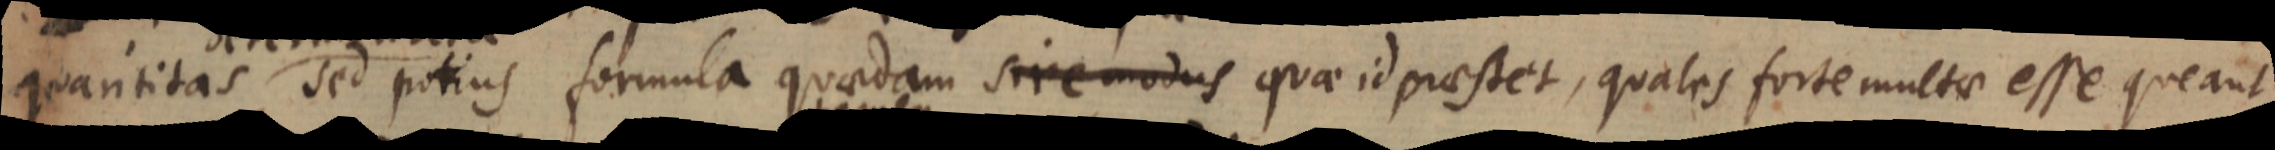
quantitas sed potius formula quaedam sive modus quae id praestet, quales forte multae esse queant